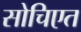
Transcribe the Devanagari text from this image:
सोचिएत